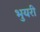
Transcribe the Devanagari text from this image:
भुयरी